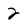
Character: 2